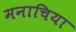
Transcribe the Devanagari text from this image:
मनाचिया